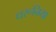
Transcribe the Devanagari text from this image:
धरूनिया